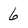
Character: 6